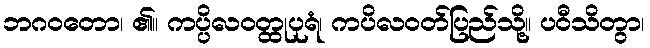
ဘဂဝတော၊ ၏။ ကပ္ပိလဝတ္ထုပုရံ၊ ကပိလဝတ်ပြည်သို့။ ပဝီသိတွာ၊